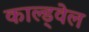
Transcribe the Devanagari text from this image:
काल्ड्वेल